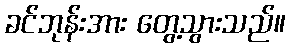
ခင်ဘုန်းအား တွေ့သွားသည်။